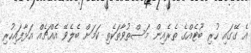
އެ ގޭގައި ހުރި ބޫޓެއްގެ ތެރެއިން މަސްތުވާތަކެތި ކަމަށް ބެލެވޭ އެއްޗެއް އަޅާފައިހުރި